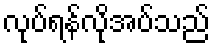
လုပ်ရန်လိုအပ်သည်